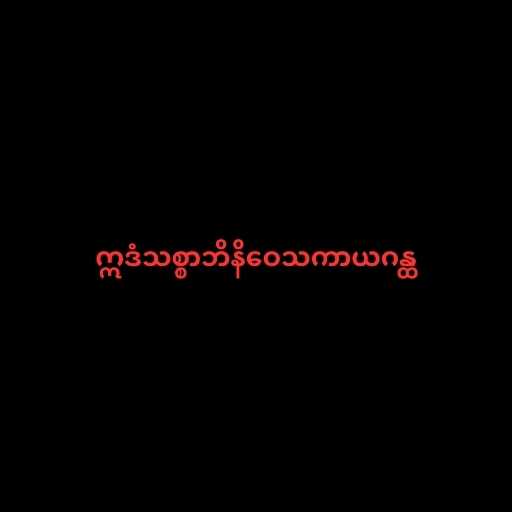
ဣဒံသစ္စာဘိနိဝေသကာယဂန္ထ